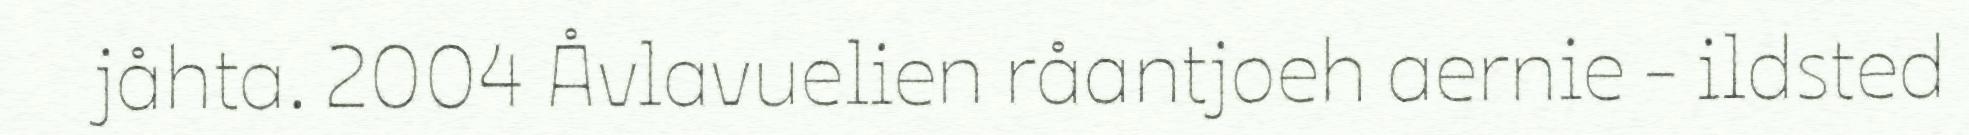
jåhta. 2004 Åvlavuelien råantjoeh aernie - ildsted